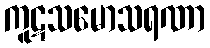
ကူဋသမောသရဏာ